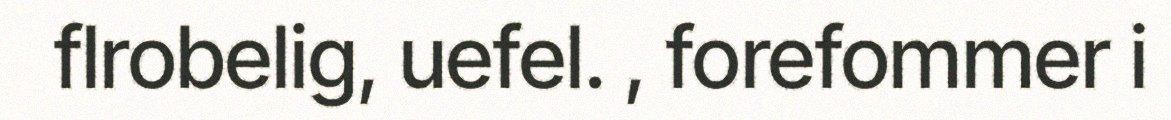
flrobelig, uefel. , forefommer i